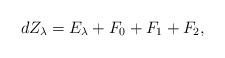
LaTeX: \begin{align*}dZ_{\lambda}=E_{\lambda}+F_{0}+F_{1}+F_{2},\end{align*}